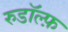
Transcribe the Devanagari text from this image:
रुडॉल्फ़